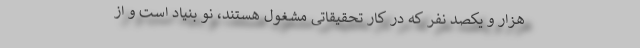
هزار و یکصد نفر که در کار تحقیقاتی مشغول هستند، نو بنیاد است و از